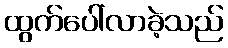
ထွက်ပေါ်လာခဲ့သည်